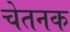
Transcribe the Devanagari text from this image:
चेतनक